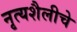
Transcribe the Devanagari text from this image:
नृत्यशैलीचे